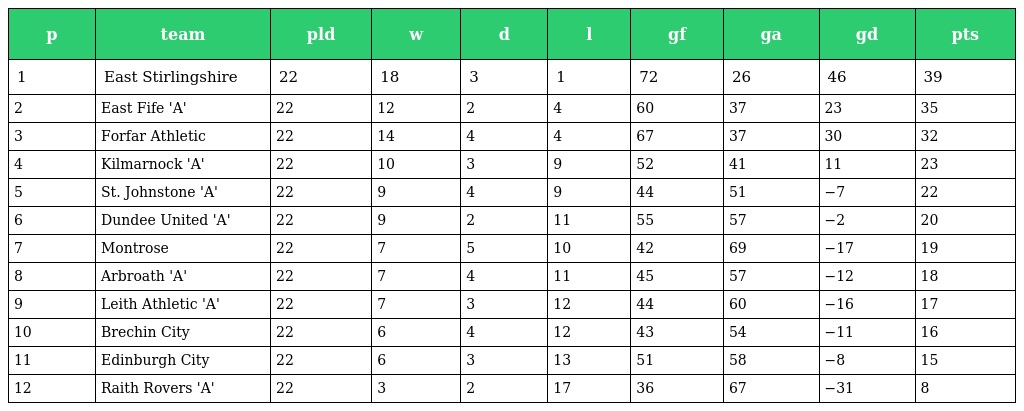
| p | team | pld | w | d | l | gf | ga | gd | pts |
 | --- | --- | --- | --- | --- | --- | --- | --- | --- | --- |
 | 1 | East Stirlingshire | 22 | 18 | 3 | 1 | 72 | 26 | 46 | 39 |
 | 2 | East Fife 'A' | 22 | 12 | 2 | 4 | 60 | 37 | 23 | 35 |
 | 3 | Forfar Athletic | 22 | 14 | 4 | 4 | 67 | 37 | 30 | 32 |
 | 4 | Kilmarnock 'A' | 22 | 10 | 3 | 9 | 52 | 41 | 11 | 23 |
 | 5 | St. Johnstone 'A' | 22 | 9 | 4 | 9 | 44 | 51 | −7 | 22 |
 | 6 | Dundee United 'A' | 22 | 9 | 2 | 11 | 55 | 57 | −2 | 20 |
 | 7 | Montrose | 22 | 7 | 5 | 10 | 42 | 69 | −17 | 19 |
 | 8 | Arbroath 'A' | 22 | 7 | 4 | 11 | 45 | 57 | −12 | 18 |
 | 9 | Leith Athletic 'A' | 22 | 7 | 3 | 12 | 44 | 60 | −16 | 17 |
 | 10 | Brechin City | 22 | 6 | 4 | 12 | 43 | 54 | −11 | 16 |
 | 11 | Edinburgh City | 22 | 6 | 3 | 13 | 51 | 58 | −8 | 15 |
 | 12 | Raith Rovers 'A' | 22 | 3 | 2 | 17 | 36 | 67 | −31 | 8 |